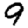
Digit: 9